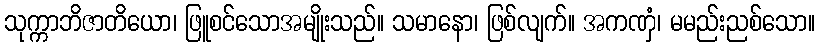
သုက္ကာဘိဇာတိယော၊ ဖြူစင်သောအမျိုးသည်။ သမာနော၊ ဖြစ်လျက်။ အကဏှံ၊ မမည်းညစ်သော။